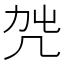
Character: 𠘿